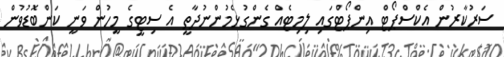
ސަރުކާރުން އެކްސްޕޯޓް އިންޕޯޓްގައި ލިމިޓެއް ގެންގުޅެމުންނުދާތީ އެ ސިޓީގެ މީހުން ވަނީ ކަންބޮޑުވުން